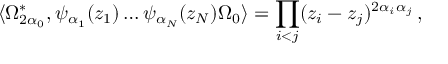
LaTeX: \langle \Omega _ { 2 \alpha _ { 0 } } ^ { * } , \psi _ { \alpha _ { 1 } } ( z _ { 1 } ) \ldots \psi _ { \alpha _ { N } } ( z _ { N } ) \Omega _ { 0 } \rangle = \prod _ { i < j } ( z _ { i } - z _ { j } ) ^ { 2 \alpha _ { i } \alpha _ { j } } \, ,